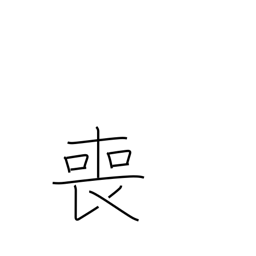
Meaning: miss